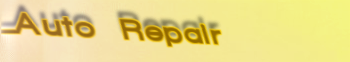
Auto Repair